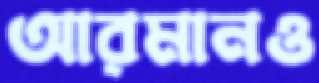
আরমানও